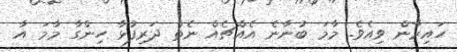
ހައިރާން ވިއެވެ. މާމަ ބުނާނެ އެއްޗެއް ނެތް ދަރިފުޅާ ހިންގާ މާމަ އާ